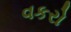
વકરો